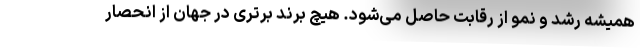
همیشه رشد و نمو از رقابت حاصل می‌شود. هیچ برند برتری در جهان از انحصار